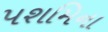
પશમિના